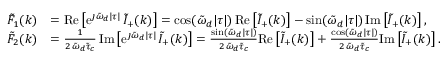
\begin{array} { r l } { \tilde { F } _ { 1 } ( k ) } & { = \mathrm { R e } \left[ \mathrm { e } ^ { \jmath \tilde { \omega } _ { d } \lvert \tau \rvert } \, \tilde { I } _ { + } ( k ) \right] = \cos ( \tilde { \omega } _ { d } \lvert \tau \rvert ) \, \mathrm { R e } \left[ \tilde { I } _ { + } ( k ) \right] - \sin ( \tilde { \omega } _ { d } \lvert \tau \rvert ) \, \mathrm { I m } \left[ \tilde { I } _ { + } ( k ) \right] , } \\ { \tilde { F } _ { 2 } ( k ) } & { = \frac { 1 } { 2 \, \tilde { \omega } _ { d } \tilde { \tau } _ { c } } \, \mathrm { I m } \left[ \mathrm { e } ^ { \jmath \tilde { \omega } _ { d } \lvert \tau \rvert } \, \tilde { I } _ { + } ( k ) \right] = \frac { \sin ( \tilde { \omega } _ { d } \lvert \tau \rvert ) } { 2 \, \tilde { \omega } _ { d } \tilde { \tau } _ { c } } \mathrm { R e } \left[ \tilde { I } _ { + } ( k ) \right] + \frac { \cos ( \tilde { \omega } _ { d } \lvert \tau \rvert ) } { 2 \, \tilde { \omega } _ { d } \tilde { \tau } _ { c } } \mathrm { I m } \left[ \tilde { I } _ { + } ( k ) \right] . } \end{array}